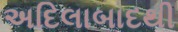
અદિલાબાદથી